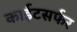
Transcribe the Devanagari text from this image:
काईटसर्फर